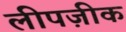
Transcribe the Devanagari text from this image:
लीपज़ीक